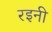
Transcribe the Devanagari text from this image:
रइनी